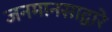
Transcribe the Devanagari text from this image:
जनमानसाद्वारे